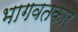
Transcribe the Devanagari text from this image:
भागवतकार